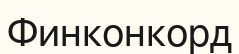
Финконкорд